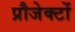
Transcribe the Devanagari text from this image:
प्रौजेक्टों